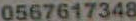
0567617348